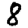
Digit: 8